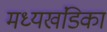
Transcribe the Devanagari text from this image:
मध्यखंडिका